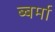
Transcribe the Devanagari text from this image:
ब्बर्मा